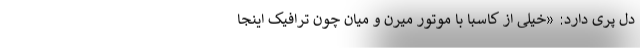
دل پری دارد: «خیلی از کاسبا با موتور میرن و میان چون ترافیک اینجا